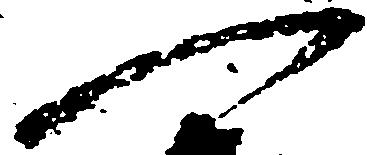
へ